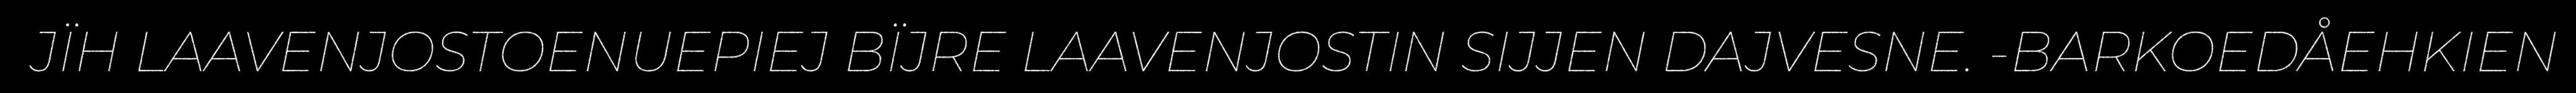
JÏH LAAVENJOSTOENUEPIEJ BÏJRE LAAVENJOSTIN SIJJEN DAJVESNE. -BARKOEDÅEHKIEN